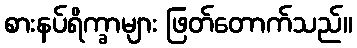
စားနပ်ရိက္ခာများ ဖြတ်တောက်သည်။